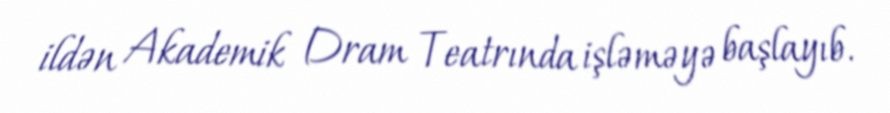
ildən Akademik Dram Teatrında işləməyə başlayıb.